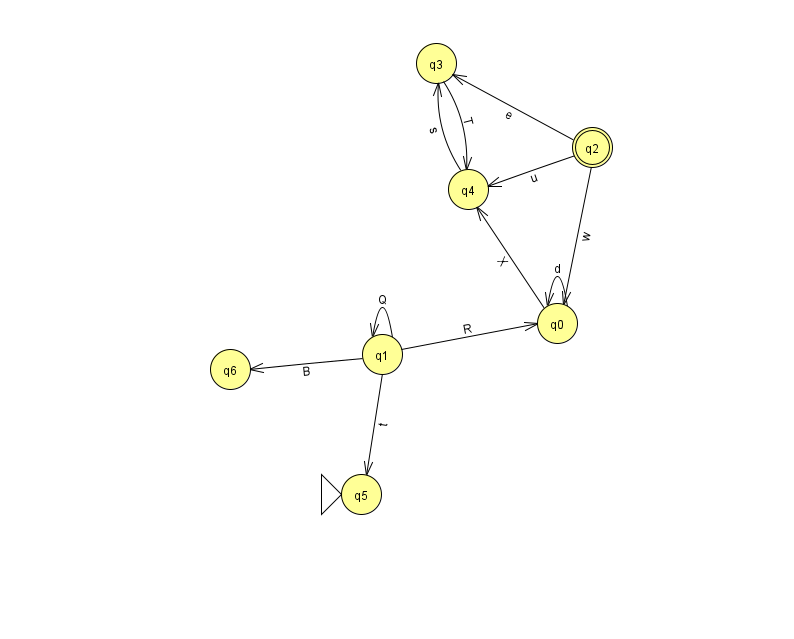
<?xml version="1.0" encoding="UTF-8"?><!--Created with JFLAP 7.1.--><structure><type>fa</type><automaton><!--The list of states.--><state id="0" name="q0"><x>557.0</x><y>310.0</y></state><state id="1" name="q1"><x>382.0</x><y>341.0</y></state><state id="2" name="q2"><x>592.0</x><y>134.0</y><final/></state><state id="3" name="q3"><x>436.0</x><y>50.0</y></state><state id="4" name="q4"><x>468.0</x><y>176.0</y></state><state id="5" name="q5"><x>361.0</x><y>481.0</y><initial/></state><state id="6" name="q6"><x>230.0</x><y>356.0</y></state><!--The list of transitions.--><transition><from>1</from><to>1</to><read>Q</read></transition><transition><from>2</from><to>3</to><read>e</read></transition><transition><from>0</from><to>0</to><read>d</read></transition><transition><from>0</from><to>4</to><read>X</read></transition><transition><from>2</from><to>0</to><read>w</read></transition><transition><from>1</from><to>0</to><read>R</read></transition><transition><from>2</from><to>4</to><read>u</read></transition><transition><from>4</from><to>3</to><read>s</read></transition><transition><from>1</from><to>5</to><read>t</read></transition><transition><from>1</from><to>6</to><read>B</read></transition><transition><from>3</from><to>4</to><read>T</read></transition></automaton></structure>